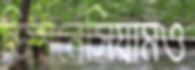
জিমনেসিয়ামও